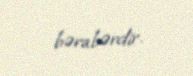
bərabərdir.